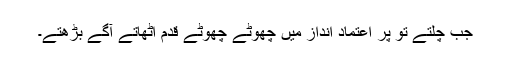
جب چلتے تو پر اعتماد انداز میں چھوٹے چھوٹے قدم اٹھاتے آگے بڑھتے۔